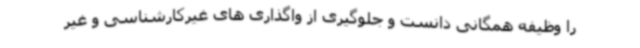
را وظیفه همگانی دانست و جلوگیری از واگذاری های غیرکارشناسی و غیر